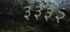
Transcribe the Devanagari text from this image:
३३३२